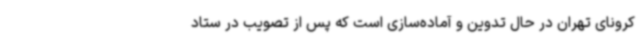
کرونای تهران در حال تدوین و آماده‌سازی است که پس از تصویب در ستاد